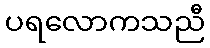
ပရလောကသညီ